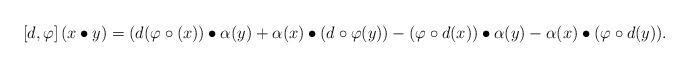
LaTeX: \begin{align*}\left[d, \varphi\right](x\bullet y)=(d(\varphi\circ(x))\bullet\alpha(y)+\alpha(x)\bullet(d\circ\varphi(y))-(\varphi\circ d(x))\bullet\alpha(y)-\alpha(x)\bullet(\varphi\circ d(y)).\end{align*}